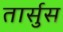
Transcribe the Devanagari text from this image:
तार्सुस